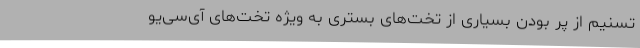
تسنیم از پر بودن بسیاری از تخت‌های بستری به ویژه تخت‌های آی‌سی‌یو